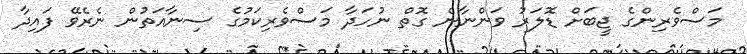
މަސްވެރިންގެ ޖީބަށް ޑޮލަރު ވަންނާނެ ގޮތް ނުހަދާ މަސްވެރިކަމުގެ ސިނާއަތުން ނެރެވޭ ފައިދާ